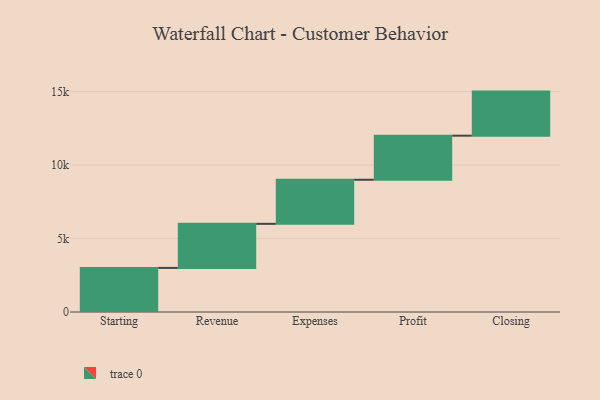
{"axis": {"x": "Step", "y": "Value"}, "legend": [""], "data": [{"x": "Starting", "y": 3000, "type": ""}, {"x": "Revenue", "y": 3000, "type": ""}, {"x": "Expenses", "y": 3000, "type": ""}, {"x": "Profit", "y": 3000, "type": ""}, {"x": "Closing", "y": 3000, "type": ""}]}